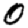
Digit: 0